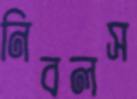
নিবলস